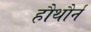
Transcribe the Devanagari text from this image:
हौथौर्न